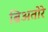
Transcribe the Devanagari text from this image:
ब्रिअतोरे